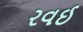
રવઈ